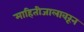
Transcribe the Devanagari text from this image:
माहितीजालावरून